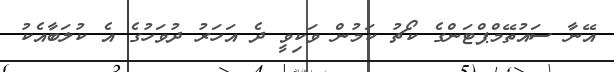
އޭނާ ސައުތޭމްޕްޓަންގެ ކޯޗު ކަމުން ވަކިވީ ދެ އަހަރު ދުވަހުގެ އެ ކުލަބާއެކު